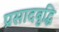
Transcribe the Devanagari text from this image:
प्रसादबुद्धि